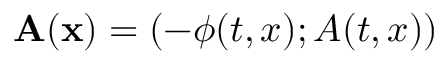
\mathbf { A } ( \mathbf { x } ) = ( - \phi ( t , x ) ; A ( t , x ) )